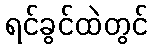
ရင်ခွင်ထဲတွင်